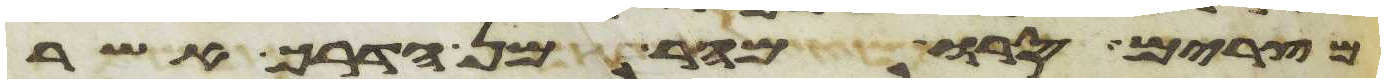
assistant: מצרים סרו מהר מן הדרך אשר